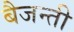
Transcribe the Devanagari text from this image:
बैजन्ती